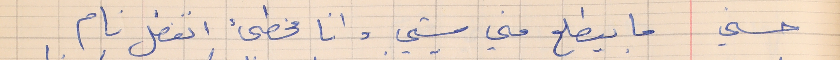
حسني    ما ييطلع مني شي وانا مخطىء اتفضل نام